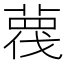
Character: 𦹋